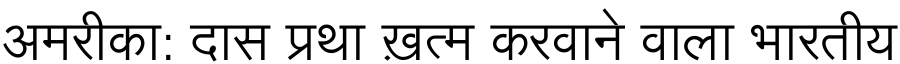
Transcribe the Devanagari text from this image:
अमरीका: दास प्रथा ख़त्म करवाने वाला भारतीय